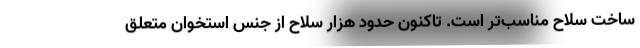
ساخت سلاح مناسب‌تر است. تاکنون حدود هزار سلاح از جنس استخوان متعلق